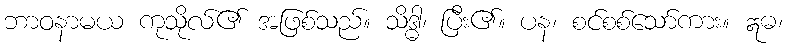
ဘာဝနာမယ ကုသိုလ်၏ အဖြစ်သည်။ သိဒ္ဓါ၊ ပြီး၏။ ပန၊ စင်စစ်သော်ကား။ ဣဓ၊